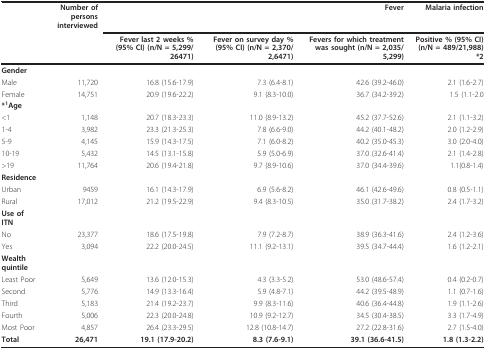
<table><thead><tr><td></td><td><b>Number of persons interviewed</b></td><td colspan="3"><b>Fever</b></td><td><b>Malaria infection</b></td></tr><tr><td></td><td></td><td><b>Fever last 2 weeks % (95% CI) (n/N = 5,299/26471)</b></td><td><b>Fever on survey day % (95% CI) (n/N = 2,370/2,6471)</b></td><td><b>Fevers for which treatment was sought (n/N = 2,035/5,299)</b></td><td><b>Positive % (95% CI) (n/N = 489/21,988) *2</b></td></tr></thead><tbody><tr><td><b>Gender</b></td><td></td><td></td><td></td><td></td><td></td></tr><tr><td>Male</td><td>11,720</td><td>16.8 (15.6-17.9)</td><td>7.3 (6.4-8.1)</td><td>42.6 (39.2-46.0)</td><td>2.1 (1.6-2.7)</td></tr><tr><td>Female</td><td>14,751</td><td>20.9 (19.6-22.2)</td><td>9.1 (8.3-10.0)</td><td>36.7 (34.2-39.2)</td><td>1.5 (1.1-2.0</td></tr><tr><td><b>*</b><sup><b>1</b></sup><b>Age</b></td><td></td><td></td><td></td><td></td><td></td></tr><tr><td>&lt;1</td><td>1,148</td><td>20.7 (18.3-23.3)</td><td>11.0 (8.9-13.2)</td><td>45.2 (37.7-52.6)</td><td>2.1 (1.1-3.2)</td></tr><tr><td>1-4</td><td>3,982</td><td>23.3 (21.3-25.3)</td><td>7.8 (6.6-9.0)</td><td>44.2 (40.1-48.2)</td><td>2.0 (1.2-2.9)</td></tr><tr><td>5-9</td><td>4,145</td><td>15.9 (14.3-17.5)</td><td>7.1 (6.0-8.2)</td><td>40.2 (35.0-45.3)</td><td>3.0 (2.0-4.0)</td></tr><tr><td>10-19</td><td>5,432</td><td>14.5 (13.1-15.8)</td><td>5.9 (5.0-6.9)</td><td>37.0 (32.6-41.4)</td><td>2.1 (1.4-2.8)</td></tr><tr><td>&gt;19</td><td>11,764</td><td>20.6 (19.4-21.8)</td><td>9.7 (8.9-10.6)</td><td>37.0 (34.4-39.6)</td><td>1.1(0.8-1.4)</td></tr><tr><td><b>Residence</b></td><td></td><td></td><td></td><td></td><td></td></tr><tr><td>Urban</td><td>9459</td><td>16.1 (14.3-17.9)</td><td>6.9 (5.6-8.2)</td><td>46.1 (42.6-49.6)</td><td>0.8 (0.5-1.1)</td></tr><tr><td>Rural</td><td>17,012</td><td>21.2 (19.5-22.9)</td><td>9.4 (8.3-10.5)</td><td>35.0 (31.7-38.2)</td><td>2.4 (1.7-3.2)</td></tr><tr><td><b>Use of ITN</b></td><td></td><td></td><td></td><td></td><td></td></tr><tr><td>No</td><td>23,377</td><td>18.6 (17.5-19.8)</td><td>7.9 (7.2-8.7)</td><td>38.9 (36.3-41.6)</td><td>2.4 (1.2-3.6)</td></tr><tr><td>Yes</td><td>3,094</td><td>22.2 (20.0-24.5)</td><td>11.1 (9.2-13.1)</td><td>39.5 (34.7-44.4)</td><td>1.6 (1.2-2.1)</td></tr><tr><td><b>Wealth quintile</b></td><td></td><td></td><td></td><td></td><td></td></tr><tr><td>Least Poor</td><td>5,649</td><td>13.6 (12.0-15.3)</td><td>4.3 (3.3-5.2)</td><td>53.0 (48.6-57.4)</td><td>0.4 (0.2-0.7)</td></tr><tr><td>Second</td><td>5,776</td><td>14.9 (13.3-16.4)</td><td>5.9 (4.8-7.1)</td><td>44.2 (39.5-48.9)</td><td>1.1 (0.7-1.6)</td></tr><tr><td>Third</td><td>5,183</td><td>21.4 (19.2-23.7)</td><td>9.9 (8.3-11.6)</td><td>40.6 (36.4-44.8)</td><td>1.9 (1.1-2.6)</td></tr><tr><td>Fourth</td><td>5,006</td><td>22.3 (20.0-24.8)</td><td>10.9 (9.2-12.7)</td><td>34.5 (30.4-38.5)</td><td>3.3 (1.7-4.9)</td></tr><tr><td>Most Poor</td><td>4,857</td><td>26.4 (23.3-29.5)</td><td>12.8 (10.8-14.7)</td><td>27.2 (22.8-31.6)</td><td>2.7 (1.5-4.0)</td></tr><tr><td><b>Total</b></td><td><b>26,471</b></td><td><b>19.1 (17.9-20.2)</b></td><td><b>8.3 (7.6-9.1)</b></td><td><b>39.1 (36.6-41.5)</b></td><td><b>1.8 (1.3-2.2)</b></td></tr></tbody></table>